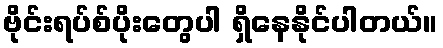
ဗိုင်းရပ်စ်ပိုးတွေပါ ရှိနေနိုင်ပါတယ်။